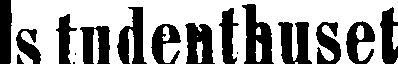
studenthuset